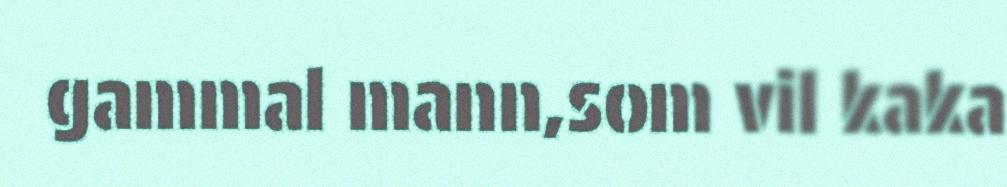
gammal mann,som vil kaka